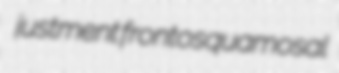
justment frontosquamosal